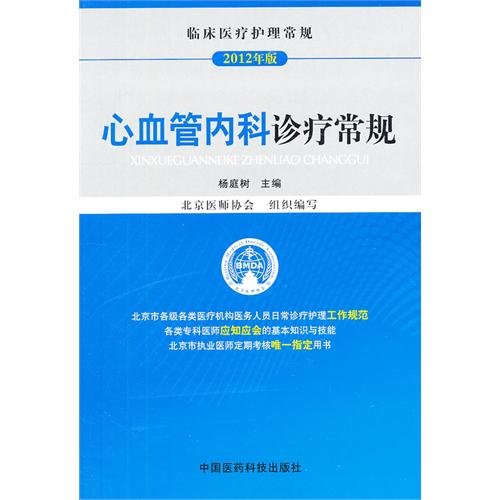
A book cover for The cardiovascular Medicine makes a diagnosis and treatment normal regulations(clinical medical nursing normal regulations) (Chinese edidion) Pinyin: xin xue guan nei ke zhen liao chang gui ( lin chuang yi liao hu li chang gui ); Medical Books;